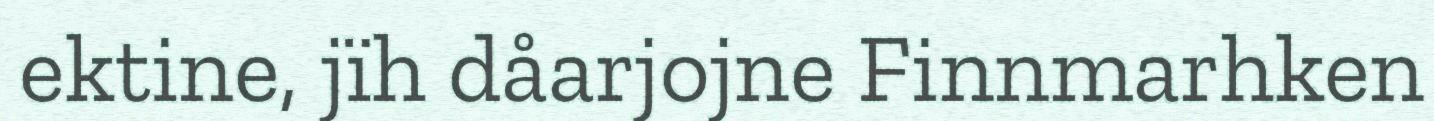
ektine, jïh dåarjojne Finnmarhken